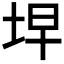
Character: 𭎓